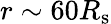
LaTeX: r\sim 60R_{\mathrm{s}}